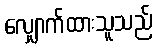
လျှောက်ထားသူသည်